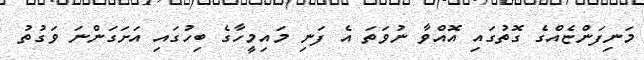
މަނިފަންޏެއްގެ ގޮތުގައި އޮއްވާ ނުވަތަ އެ ފަނި މައިމީހާގެ ބިހުގައި އަށަގަންނަ ވަގުތު